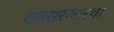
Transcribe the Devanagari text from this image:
राज्सरकारचा